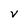
Character: v